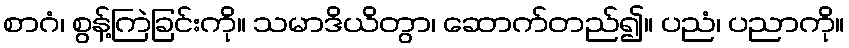
စာဂံ၊ စွန့်ကြဲခြင်းကို။ သမာဒိယိတွာ၊ ဆောက်တည်၍။ ပညံ၊ ပညာကို။